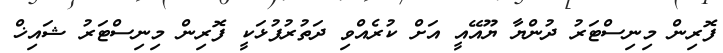
ފޮރިން މިނިސްޓަރު ދުންޔާ ޔޫއޭއީ އަށް ކުރެއްވި ދަތުރުފުޅަކީ ފޮރިން މިނިސްޓަރު ޝައިޚް